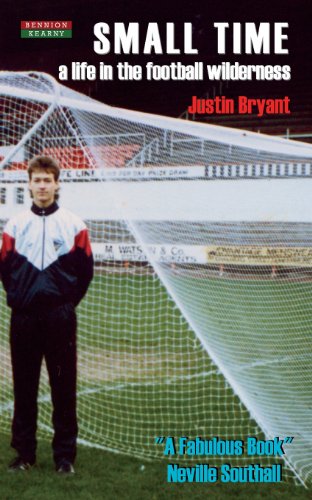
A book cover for Small Time: A Life in the Football Wilderness; Justin Bryant; Biographies & Memoirs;